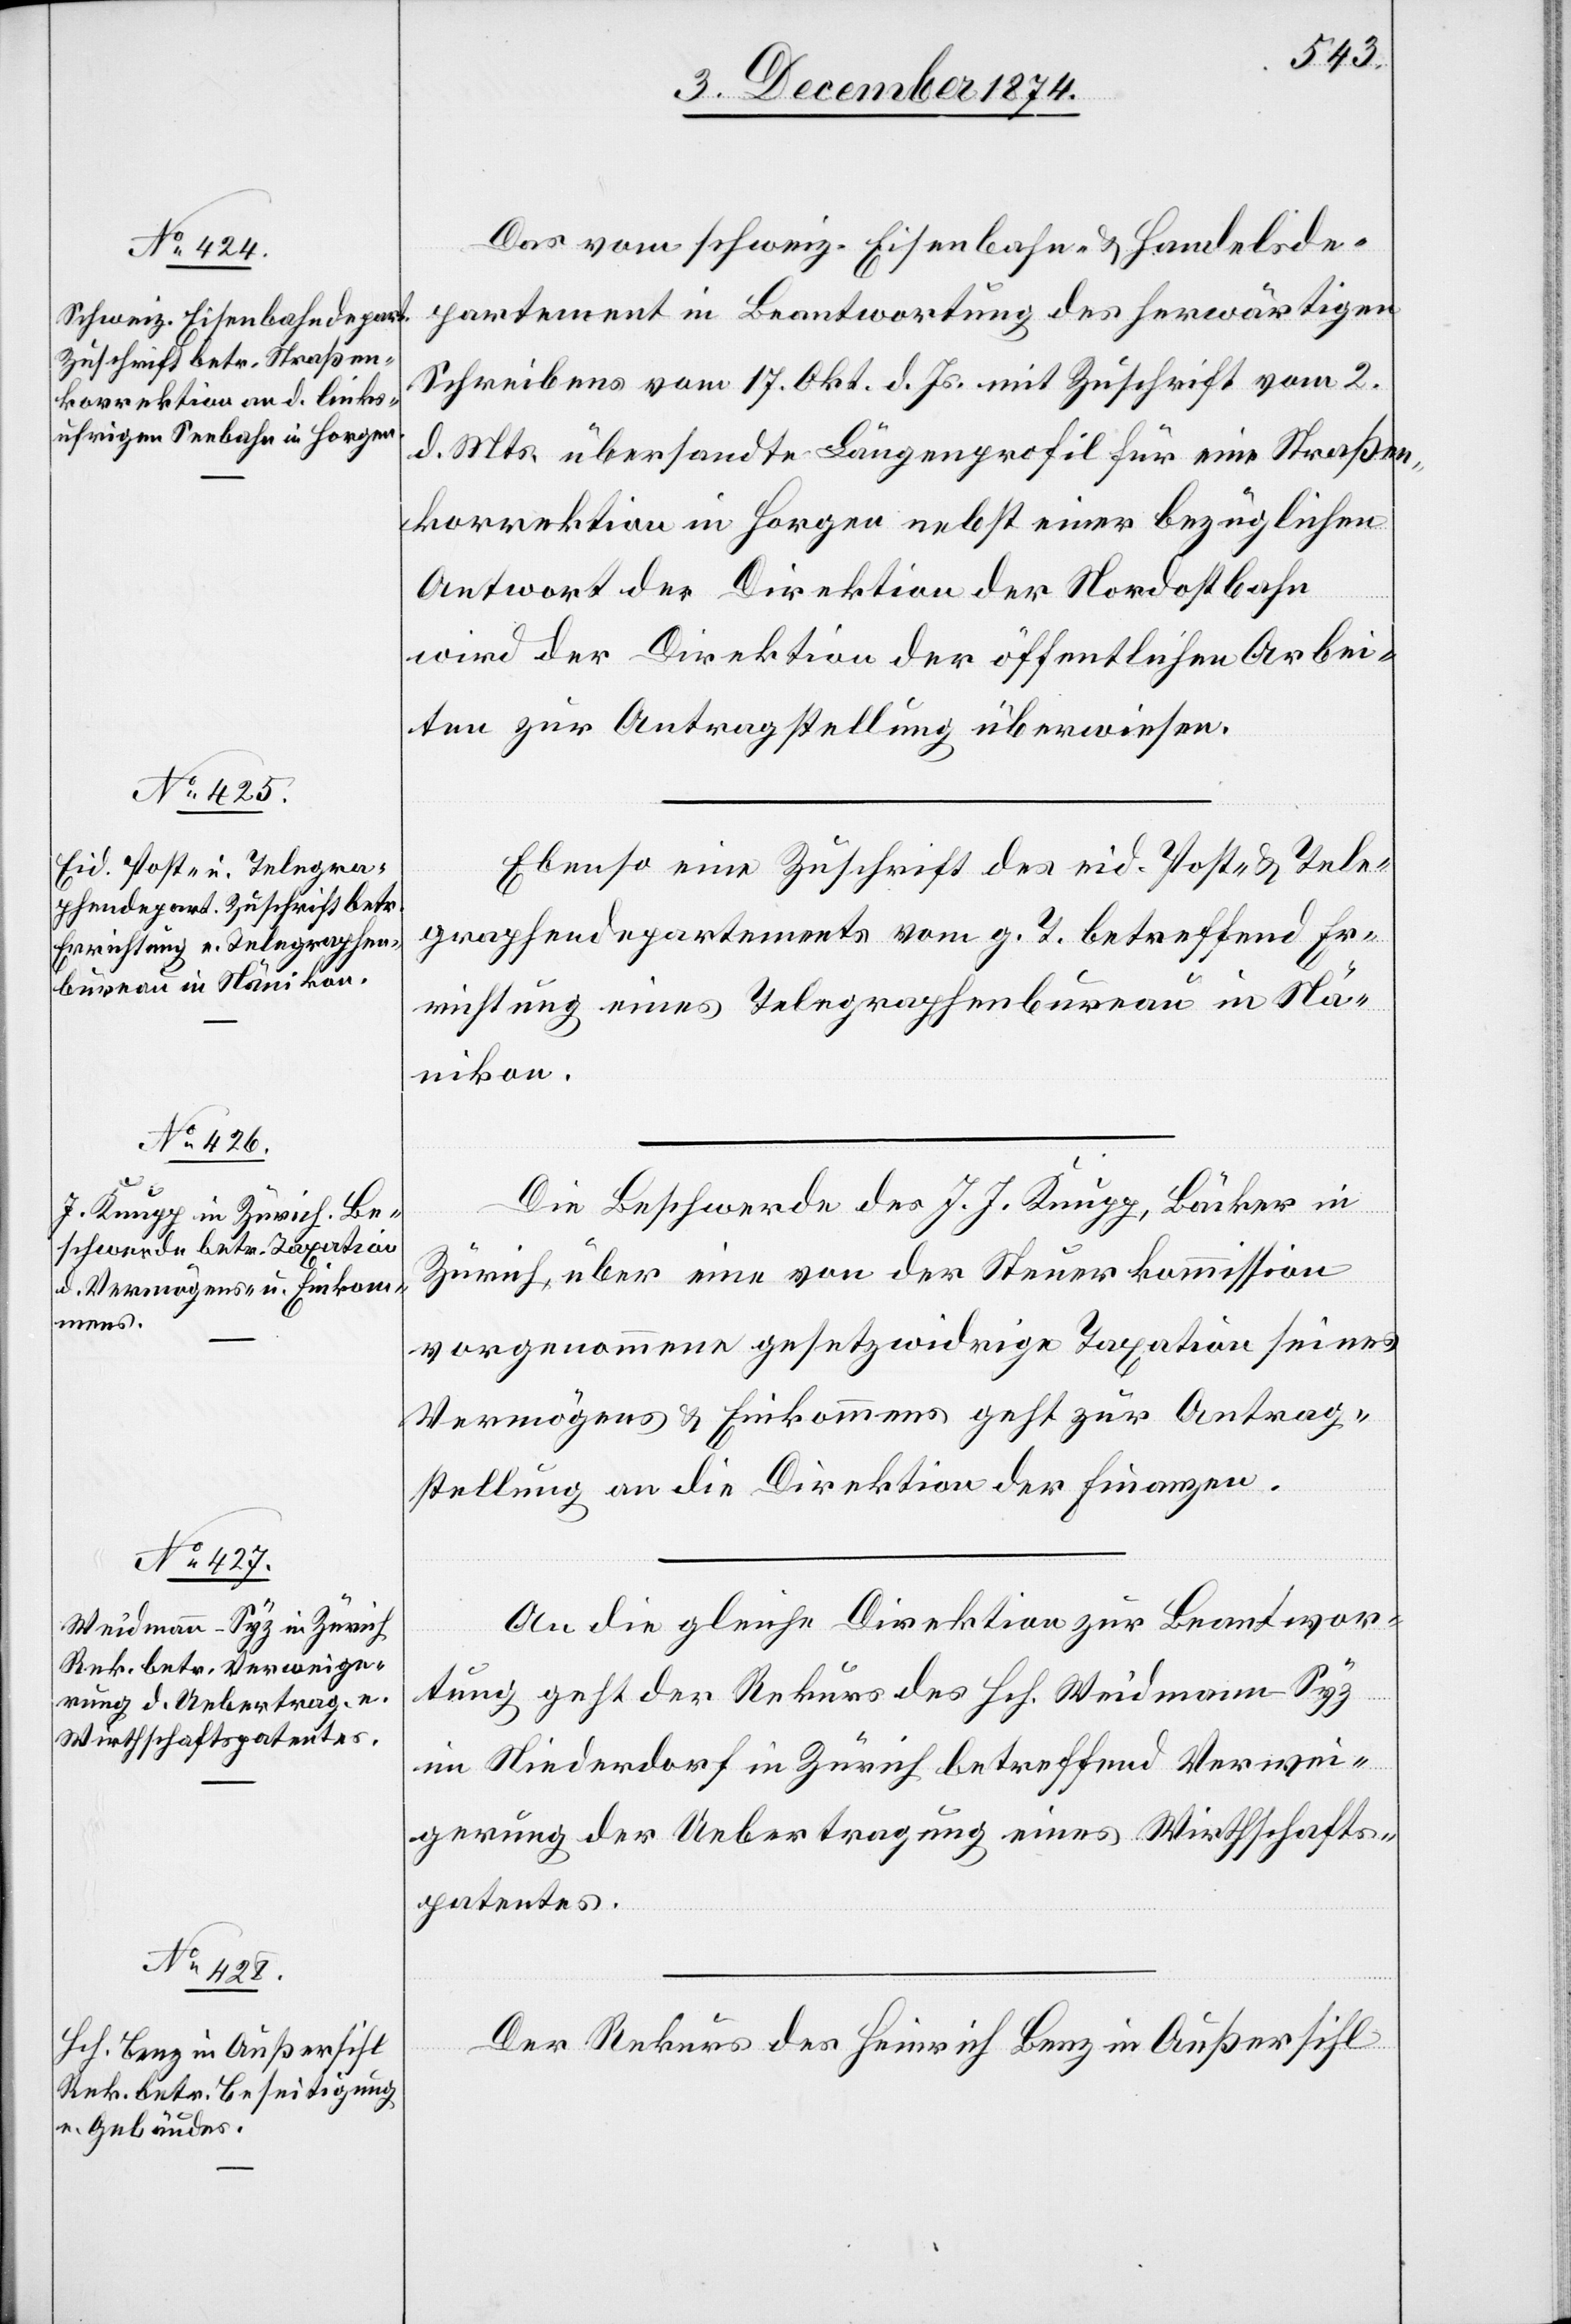
4. December 1874.]
Das vom schweiz. Eisenbahn- & Handelsde¬
partement in Beantwortung des herwärtigen
Schreibens vom 17. Okt. d. Js. mit Zuschrift vom 2.
d. Mts. übersandte Längenprofil für eine Straßen¬
korrektion in Horgen nebst einer bezüglichen
Antwort der Direktion der Nordostbahn
wird der Direktion der öffentlichen Arbei¬
ten zur Antragstellung überwiesen.
Ebenso eine Zuschrift des eid. Post- & Tele¬
graphendepartements vom g. T. betreffend Er¬
richtung eines Telegraphenbureau in Nä¬
nikon.
Die Beschwerde des J. J. Knupp, Bäcker in
Zürich, über eine von der Steuerkommission
vorgenommene gesetzwidrige Taxation seines
Vermögens & Einkommens geht zur Antrag¬
stellung an die Direktion der Finanzen.
An die gleiche Direktion zur Beantwor¬
tung geht der Rekurs des Hch. Weidmann-Syz
im Niederdorf in Zürich betreffend Verwei¬
gerung der Uebertragung eines Wirthschafts¬
patentes.
Der Rekurs des Heinrich Benz in Außersihl